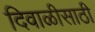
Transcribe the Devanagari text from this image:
दिवाळीसाठी